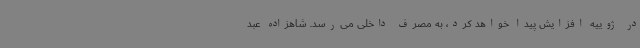
در ژوییه افزایش پیدا خواهد کرد، به مصرف داخلی می‌رسد. شاهزاده عبد